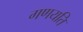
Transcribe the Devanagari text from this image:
गणयति